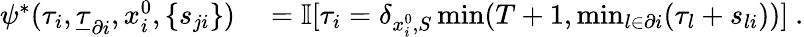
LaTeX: \begin{array}{rl}{\psi^{*}(\tau_{i},\underline{{\tau}}_{\partial i},x_{i}^{0},\{ s_{ji}\} )}&{{}=\mathbb{I}[\tau_{i}=\delta_{x_{i}^{0},S}\operatorname*{min}(T+1,\operatorname*{min}_{l\in\partial i}(\tau_{l}+s_{li}))]\ .}\end{array}